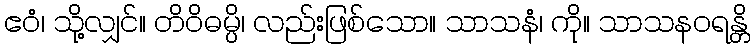
ဧဝံ၊ သို့လျှင်။ တိဝိဓမ္ပိ၊ လည်းဖြစ်သော။ သာသနံ၊ ကို။ သာသနဝရန္တိ